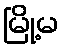
မြို့မ